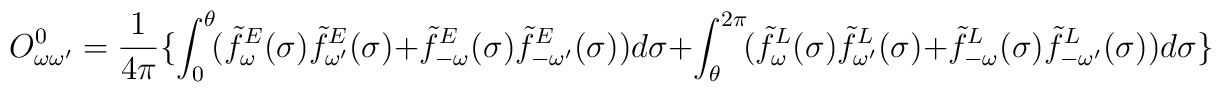
O_{\omega\omega'}^0 = \frac{1}{4\pi} \{\int_0^{\theta}\!(\tilde{f}_\omega^E(\sigma)\:\tilde{f}_{\omega'}^E(\sigma) + \tilde{f}_{-\omega}^E(\sigma)\:\tilde{f}_{-\omega'}^E(\sigma)) d\sigma + \int_{\theta}^{2\pi}\!(\tilde{f}_\omega^L(\sigma)\:\tilde{f}_{\omega'}^L(\sigma) + \tilde{f}_{-\omega}^L(\sigma)\:\tilde{f}_{-\omega'}^L(\sigma) ) d\sigma\}